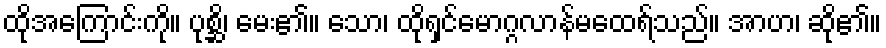
ထိုအကြောင်းကို။ ပုစ္ဆိ၊ မေး၏။ သော၊ ထိုရှင်မောဂ္ဂလာန်မထေရ်သည်။ အာဟ၊ ဆို၏။